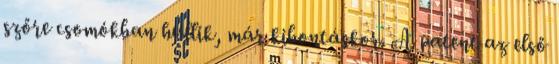
szőre csomókban hullik, már kibontáskor. A patent az első